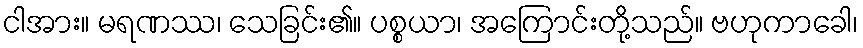
ငါအား။ မရဏဿ၊ သေခြင်း၏။ ပစ္စယာ၊ အကြောင်းတို့သည်။ ဗဟုကာခေါ၊